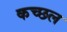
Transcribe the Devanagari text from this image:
कच्छल